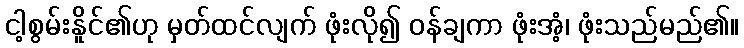
ငါ့စွမ်းနိူင်၏ဟု မှတ်ထင်လျက် ဖုံးလို၍ ဝန်ချကာ ဖုံးအံ့၊ ဖုံးသည်မည်၏။